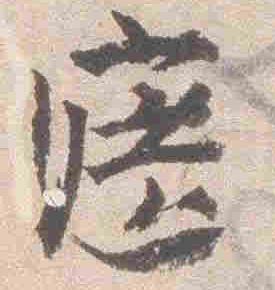
遮